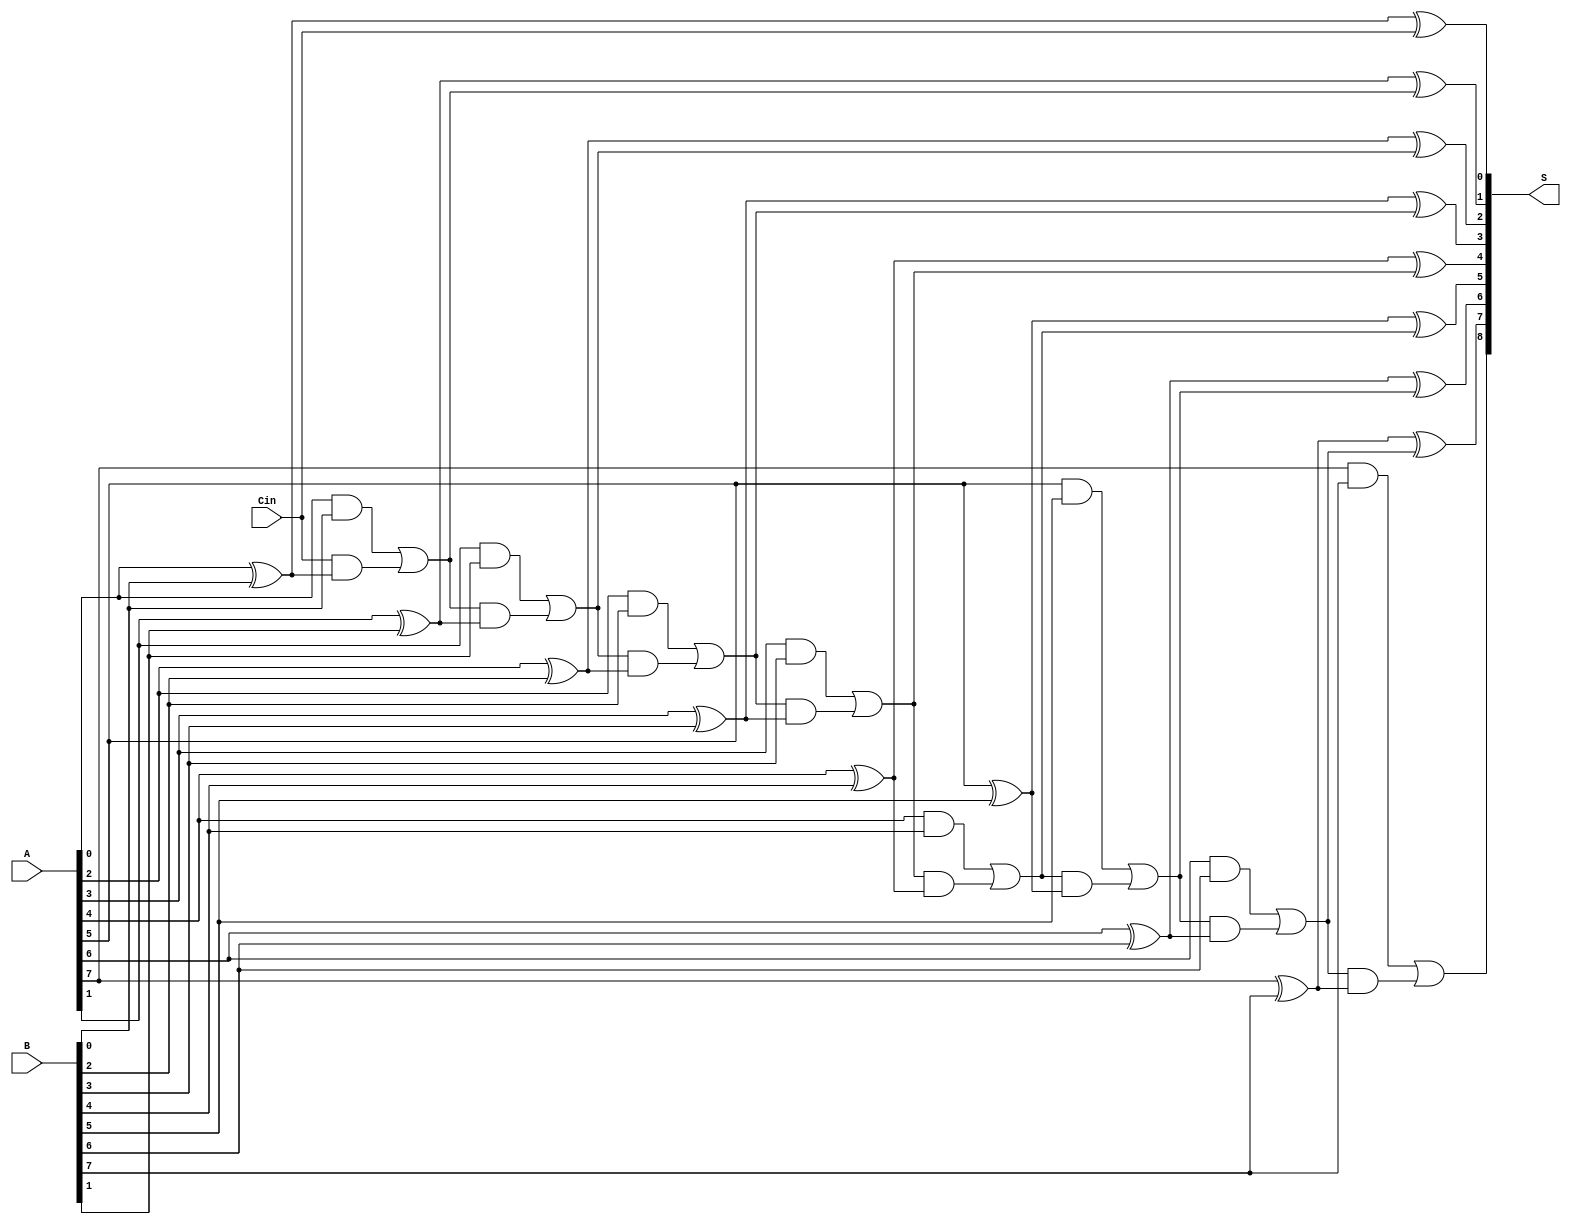
module PrecomputationCarryAdder #(parameter N = 8) (
    input  [N-1:0] A,      // N-bit input A
    input  [N-1:0] B,      // N-bit input B
    input         Cin,      // Carry input
    output [N:0] S         // (N+1)-bit output Sum
);

    wire [N:0] carry;      // Carry signals for each bit position
    wire [N-1:0] sum;      // Sum outputs for each bit position

    // Precompute carry values
    assign carry[0] = Cin; // Initial carry is the input carry

    genvar i;
    generate
        for (i = 0; i < N; i = i + 1) begin : carry_generation
            // Compute carry for each bit position
            assign carry[i + 1] = (A[i] & B[i]) | (carry[i] & (A[i] ^ B[i]));
            // Compute sum for each bit position
            assign sum[i] = A[i] ^ B[i] ^ carry[i];
        end
    endgenerate

    // Final output: concatenate sum and final carry
    assign S = {carry[N], sum}; // S[N] is Cout, S[N-1:0] is the sum

endmodule